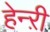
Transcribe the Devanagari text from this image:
हेन्ऱी